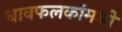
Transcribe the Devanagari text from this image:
धावफलकांमध्ये